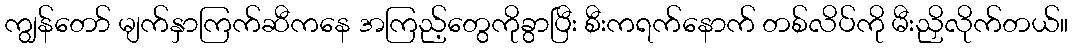
ကျွန်တော် မျက်နှာကြက်ဆီကနေ အကြည့်တွေကိုခွာပြီး စီးကရက်နောက် တစ်လိပ်ကို မီးညှိလိုက်တယ်။